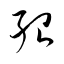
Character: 殆